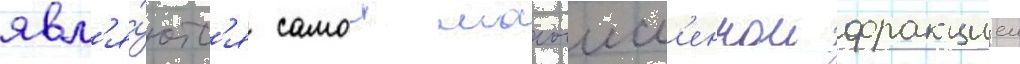
явл'я́ютс'я самои малочисл'еннои фракциеи